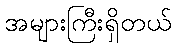
အများကြီးရှိတယ်